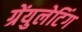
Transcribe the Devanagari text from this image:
ग्रेंयुलेटिंग